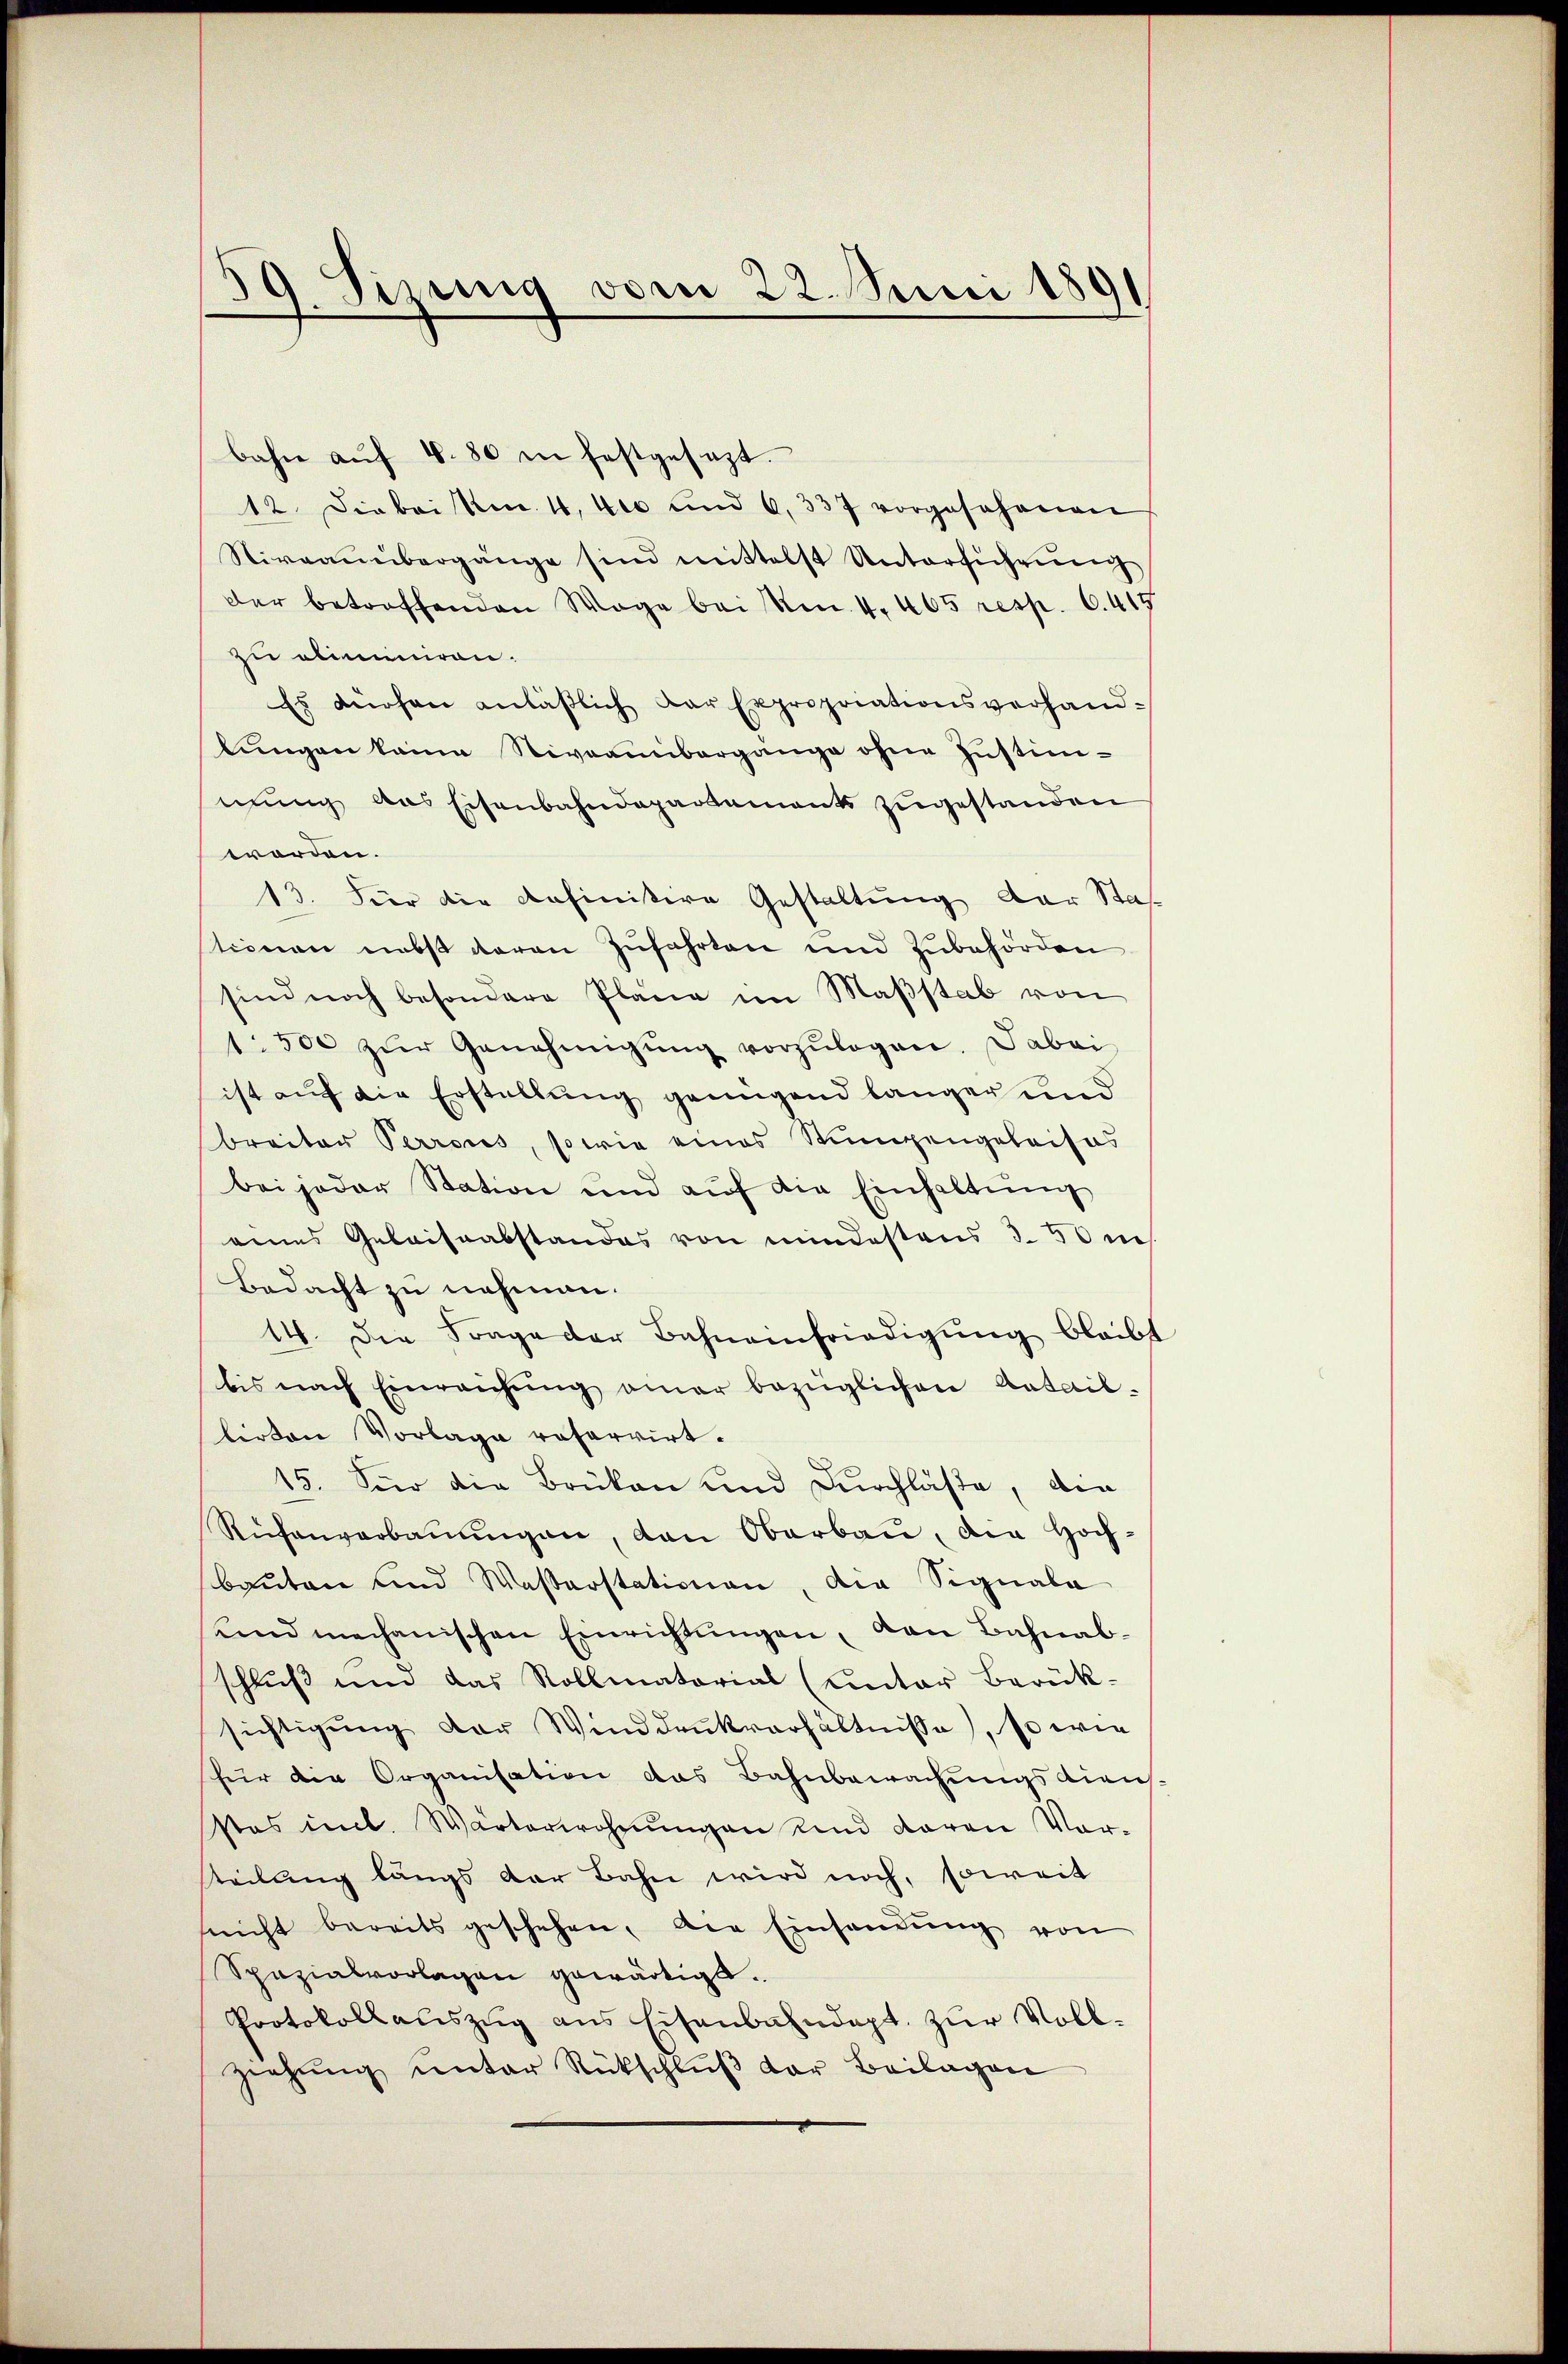
39. Sizung vom 22. Juni 1891

bahn aŭf 4.80 in festgesezt.
12. Diebei Km. 4, 4to und 6, 337 vorgesehenen
Niveaŭübergänge sind mittelst Unterführŭng
der betroffenden Wege bei kn. 4. 405 resp. 6. 417
zu aliminiren.
Es dürfen anläβlich der Expropriationsverhand-
lungen keine Niveambergange ohne Justimmung das Eisenbahndepartement zugestanden
worden.
13. Hier die definitive Gestaltung der Staf
tionen nebst daran zufahrten und Zubehörden
sind noch besondere Pläne im Maßstab von
1500 zŭr Genehmigŭng vorzŭlegen. Dabei
ist auf die Erstellung genügend länger und
breiten Perroces, sowie eines Stumpengeleises
bei jeder Station und aŭf die Einhaltŭng
eines Gelaissabstandes von mindestens 3. 50 m
Bedacht zu nehmen.
14. Die Frage der Bahneinfriedigŭng bleibt
bis nach Einreichŭng aner bezüglichen Antail-
lirten Vorlage refarrirt.
15. Für die Brüken und Durchlasse, die
Rüfenverbaŭŭngen, den Oberbau, die Hochbaŭten und Wasserstationen, die Signala
und mechanischen Einrichtŭngen, den Bahnab-
schluß und das Rollmatorial (unter Berük-
sichtigŭng der Winddrukverhältnisse, so wie
für die Organisation das Bahnbewachungsdiens
stes incl. Wärterwohnŭngen Kind daran Vor-
teilung längs der Bahn wird noch, soweit
snicht bereits geschehen, die Einsendung von
Spazialvorlagen gewärtigt.
Protokollauszug aus Eisenbahndept. zur Vollziehŭng ŭnter Rückschlŭβ der Beilagen